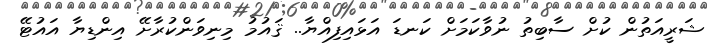
ޝަރީއަތުން ކުށް ސާބިތު ނުވާކަމަށް ކަނޑަ އަޅައިފިއްޔާ.. ޤައުމު މިނިވަންކުރާށޭ އިންޑިޔާ އައުޓޭ